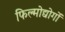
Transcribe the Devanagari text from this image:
फिल्मोद्योगों